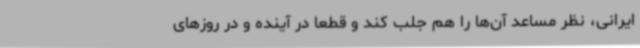
ایرانی، نظر مساعد آن‌ها را هم جلب کند و قطعا در آینده و در روزهای